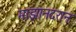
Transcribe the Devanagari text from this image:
माझानदरान